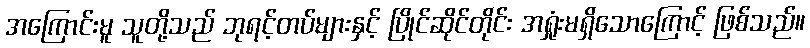
အကြောင်းမူ သူတို့သည် ဘုရင့်တပ်များနှင့် ပြိုင်ဆိုင်တိုင်း အရှုံးမရှိသောကြောင့် ဖြစ်သည်။